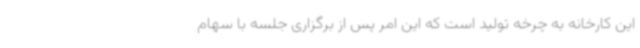
این کارخانه به چرخه تولید است که این امر پس از برگزاری جلسه با سهام